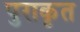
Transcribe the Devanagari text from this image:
पुराकृत